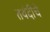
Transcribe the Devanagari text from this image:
तवंदीचे